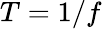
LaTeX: T=1/f